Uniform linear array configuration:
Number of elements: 8
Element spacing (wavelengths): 0.5
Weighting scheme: hann
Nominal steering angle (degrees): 30
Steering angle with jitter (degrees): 30.478
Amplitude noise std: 0.05
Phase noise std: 0.05

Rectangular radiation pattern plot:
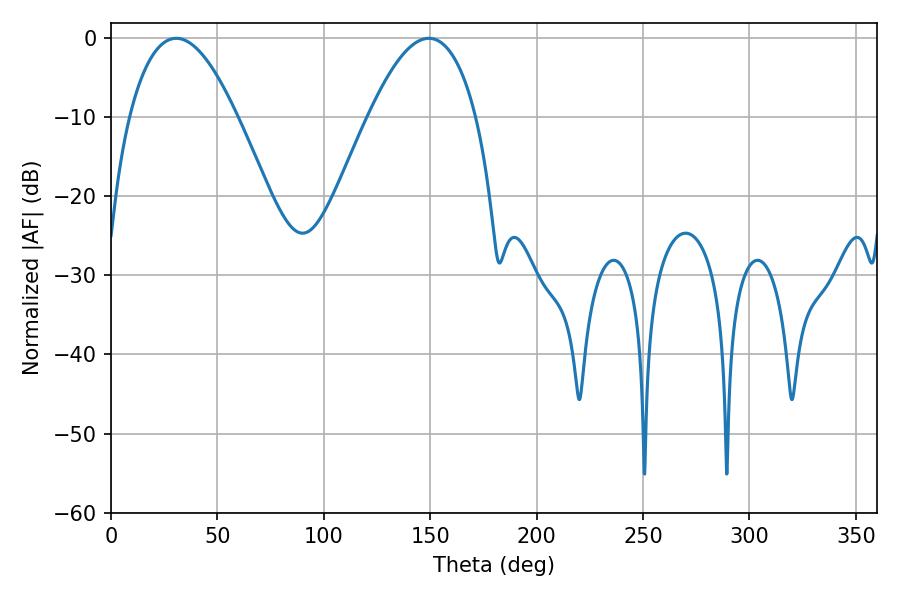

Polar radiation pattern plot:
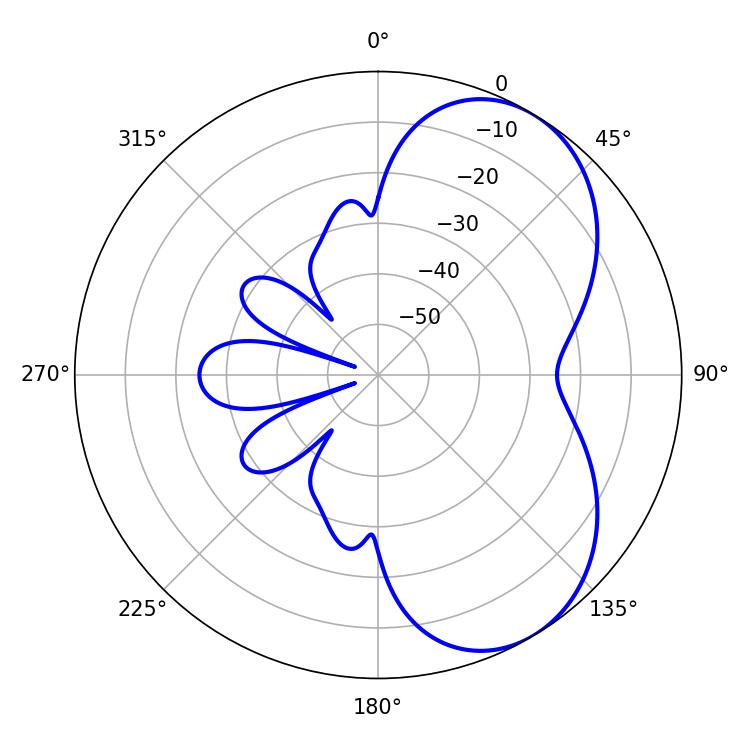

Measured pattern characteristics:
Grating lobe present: FALSE
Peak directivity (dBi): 5.576
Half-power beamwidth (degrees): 27.72
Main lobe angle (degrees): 30.6